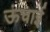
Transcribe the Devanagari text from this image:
ऊंचार्इ